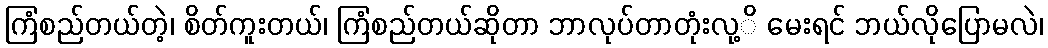
ကြံစည်တယ်တဲ့၊ စိတ်ကူးတယ်၊ ကြံစည်တယ်ဆိုတာ ဘာလုပ်တာတုံးလု့ိ မေးရင် ဘယ်လိုပြောမလဲ၊